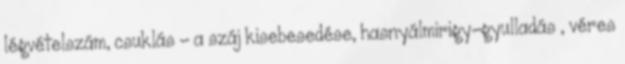
légvételszám, csuklás - a száj kisebesedése, hasnyálmirigy-gyulladás , véres